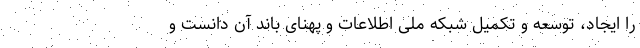
را ایجاد، توسعه و تکمیل شبکه ملی اطلاعات و پهنای باند آن دانست و